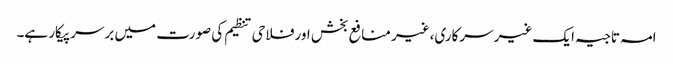
امہ تاجیہ ایک غیر سرکاری،غیر منافع بخش اورفلاحی تنظیم کی صورت میں برسرپیکار ہے۔